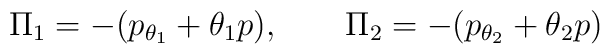
\Pi_{1} = - (p_{\theta_{1}} + \theta_{1} p),\qquad \Pi_{2} = -(p_{\theta_{2}} + \theta_{2} p)